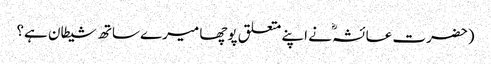
(حضرت عائشہؓ نے اپنے متعلق پوچھا میرے ساتھ شیطان ہے؟